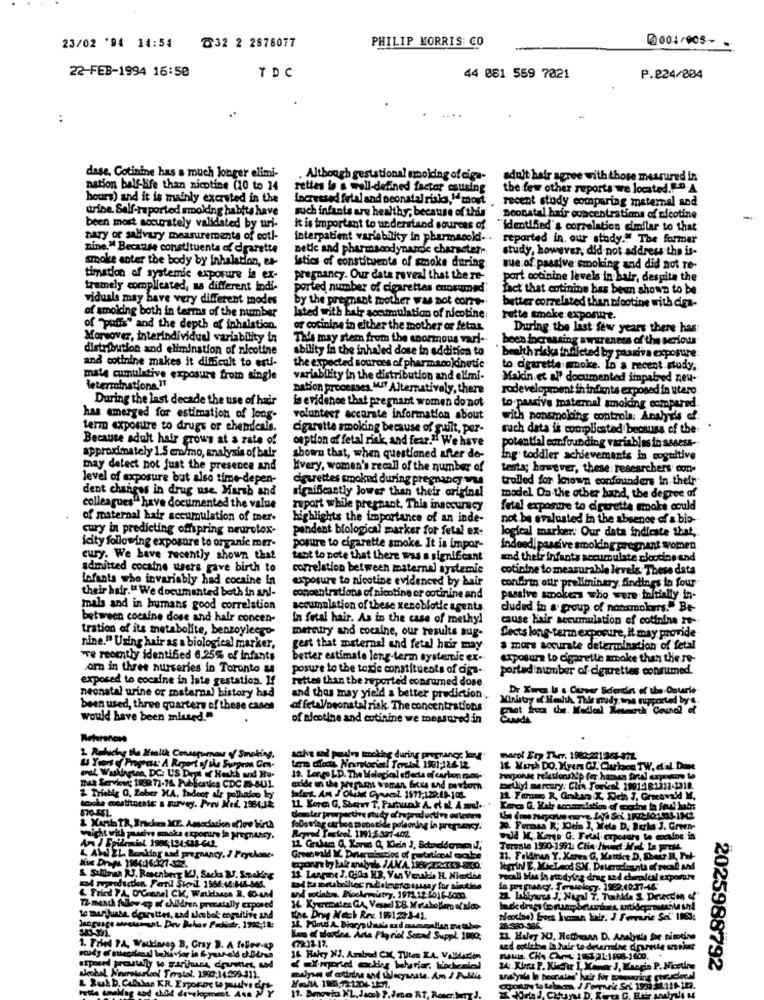
PHILIP MORRIS CO
@001/005-
23/02 '94 14:54
℃32 2 2878077
22-FEB-1994 16:50
TDC
44 081. 559 7021
P.224/804
..
..
dase, Cotinine has a much longer elimi-
Although gestational smoking of ciga-
adult hair agree with those measured in
nation belf-life than nicotine (10 to 14
rettes io a well-defined factor esusing
the few other reports we located.F.D .A
hours) and it is mainly exersted in the
Increased fetal and neonatal risko,1most
recent study comparing maternal and
urine. Self-reported smoking habita have
such infants are healthy; because of this
poonatal hair concentraties af nicotine
been most accurately validated by uri-
it is important to understand sources of
"identified's correlation similar to that
nary or salivary measurements of cotl-
interpatient variability in pharmacoki ..
reported in, our study." The former
nine." Because constituents of dgarette
netic and pharmacodynande character-
study, however, did not address the is-
smoke enter the body by inhalation, es-
istics of constituents of smoke during;
sue:of. passive:smoking and did not.Te-
timation of systemic exposure in ex-
pregnancy. Our data reveal that the re-
port cotinine levels in hair, despite the
tramely complicated, as different indi-
ported number of cigarettes consumed.
fact that cotinine has been shown to be
viduals may have very different modes
by the pregnant mother was not corre-
of smoking both in terms of the number
lated with hair accumulation of nicotine:
better correlated than nfootine with diga-
rette cmake:exposure.
of "puffs" and the depth of inhalation.
ar cotinine in either the mother or fetas
During the last few years there has
Moreover, interindividual variability in
This may stem from the enormous vari-
been Increasing awareness of the serious
distribution and elimination of nicotine
ability in the inhaled dose in addition to
and cotinine makes it difficult to esti-
"health risks indicted by passiva exposure
the expected sources of pharmacokinetic
to cigarette smoke. In a recent rudy,
mate cumulative exposure from single
variability in the distribution and elimi-
Makin.et al' documented impaired neu-
nation processes. " Alternatively, there
rodevelopment in infants exposed in utero
During the last decade the use of hair
is evidence that pregnant women do not
to passive maternal smoking compared
has emerged for estimation of long-
volunteer accurate information about
with nonsmolding controla. Analysis of:
term exposure to drugs or chezdeals.
cigarette smoking because of guilt, per-
such data is complicated because of the
Because adult hair grow's at a rate of
ception of fetal risk, and fear." We have
potential confounding variables in sssess-
approximately 1.5 mm/mo, analysis of balr
shown that, when questioned after de-
Ing toddler achievements in cognitive
may detect pot just the presence and
Hvery, women's recall of the number of"
testa; however, these researchers' con-
level of exposure but also time-depen-
cigarettes smoked during pregnancy mg
trolled for known confounders in their
dent changes in drug use. Marsh and
significantly lower than their original
model On the other hand, the degree of
colleagues" have documented the value
report while pregnant. This inaccuracy
fetal exposure to cigarette make could
of maternal hair accumulation of mer.
highlights the importance of an inde-
not be evaluated in the absence of a bio-
cury in predicting offspring neurotox-
pendent biological marker for fetal ex-
logical marker: Our data indicate that,
icity following exposure to organic mer.
posure to cigarette smoke. It is impor-
Indeed, passive smolding pregnant women
cury. We have recently shown that
tant to note that there was a significant
and their infants accumulate nicotine and
admitted cocaine users gave birth to
correlation between maternal systemie
cotinine to measurable levels. These data
infants who invariably had cocaine in
exposure to nicotine evidenced by hair
confirm our preliminary Sindings in four-
their hair." We documented both in an !-
concentrations of nicotine or cotinine and
passive smokers who were initially in-
mals and in humans good correlation
accumulation of these xenobiotic agents
duded in a group of nonsmokers!" Be-
between cocaine dose and hair concen-
In fetal hair. As in the case of methyl
tration of its metabolite, benzoyleego-
meretry and cocaine, our results aug-
Dects long-term exposure, it may provide
cause Hair accumulation of cotinine -
nine." Using hair as a biological marker,
gest that maternal and fetal huir may
a more accurate determination of fetal
we recently identified 6.25% of infants
better estimate long-term systemic ex-
exposure to cigarette smoke than the re-
omn in three nurseries in Toronto &
posure to the toxic constituents of dis-
portadinumber of cigarettes consumed.
exposed to cocaine in late gestation. If
rettes than the reporte'd consumed dose.
neonatal urine or maternal history had
Dr Xorca U.s. Cimeer Scardin of the Ontario
and thus may yield a better prediction,
Ministry of Health, This study, is supported by e.
been used, three quarters of these cases
af fetal/neonatal risk. The concentrations
would have been missed."
of nicotine and cutinine we measured in
References
2 Rokuchy the Health Consopurnou y Smoking,
marol Erp Ther, 1983:221261-972
& Years of Progress: A Report of the Swopeon Con-
wal Washington, DC: US Dept of Health and Hu-
ten cioth Nerlogical Terciel 1981-12-612
IL Wirh DO. Myers GI. Carloon TW, d'al. Dane
MAR Services 199977-76. Publicatka CDC 8-8U1
19. Longo LD. The Melogical effects of ourten mas-
aride on the wreramt woman Grus and pertom
Delliyi marcary: Clix Tories! 1991:1 81211-1318.
Icoche costituente a survey. Prou Med. 1984-12
2 Triebig Q, Zober MA. Indoor ale polhadoo ky'
870-FF1.
IL Yore G, Shewy T, Parhunk A. e. a. A .d .-
& Kanb TR, Inden ME. Amadorich eflow Wirth
tester prospective study of reproductive oslevam
following carbon mobotide poleoring in pregamnicy.
2. Fernis R; Kein ], Yeta D, Butka J. Green-
An J Epidemist 1981;194:438-642
weight with paadive make exporure la pregnancy.
Reprod Tackcol 1991-5.337-402.
Tereste 1990-1991. Chin /hundt Mod La prest.
L AW EL Boldog and pregnancy. I Fryckone-
11. Feldinen Y. Karva G, Mattket D, Sherr I, Pel-
leETWN E, KieLaod SN. Deterodunth of recal and
13 Langine J. Gils HB, Van Verulss H. Nicodihe
recall Mas in studying drag and derattal exporte
la pre mancy. Teratology. 1982,40:37-48'
& Fridt PA. O'Granel CK, Walkdados 2. 60-und
72-month follow ep of children prenatally exposed
te mariuse, cigarettes, and uke bol cognitive and
the Dryg Nech Reu 185123:3-41.
28-583-586
Les d doorne. Acta Ply riel Sotad Suppl 1080;
IL Haley NU, Hottrenn D. Analysis fre pisodine
1. Fried PA, Wouldinsen B, Gray B. A follow-up
sed cotiche in hair to determine drumnte unnat
16 Haky NJ. Arabred CM, Tuten ZA. Valdicion
24. Xinte P. Kilder I, Kina J, Kangio P. Nicodie
2025988792
Fette smaklag and child development Ans N
11. Bmovia NL. Jacek P.Jmo RT,